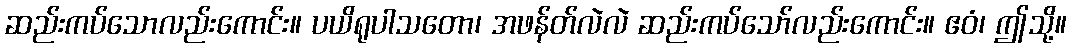
ဆည်းကပ်သောလည်းကောင်း။ ပယိရုပါသတော၊ အဖန်တ်လဲလဲ ဆည်းကပ်သော်လည်းကောင်း။ ဧဝံ၊ ဤသို့။